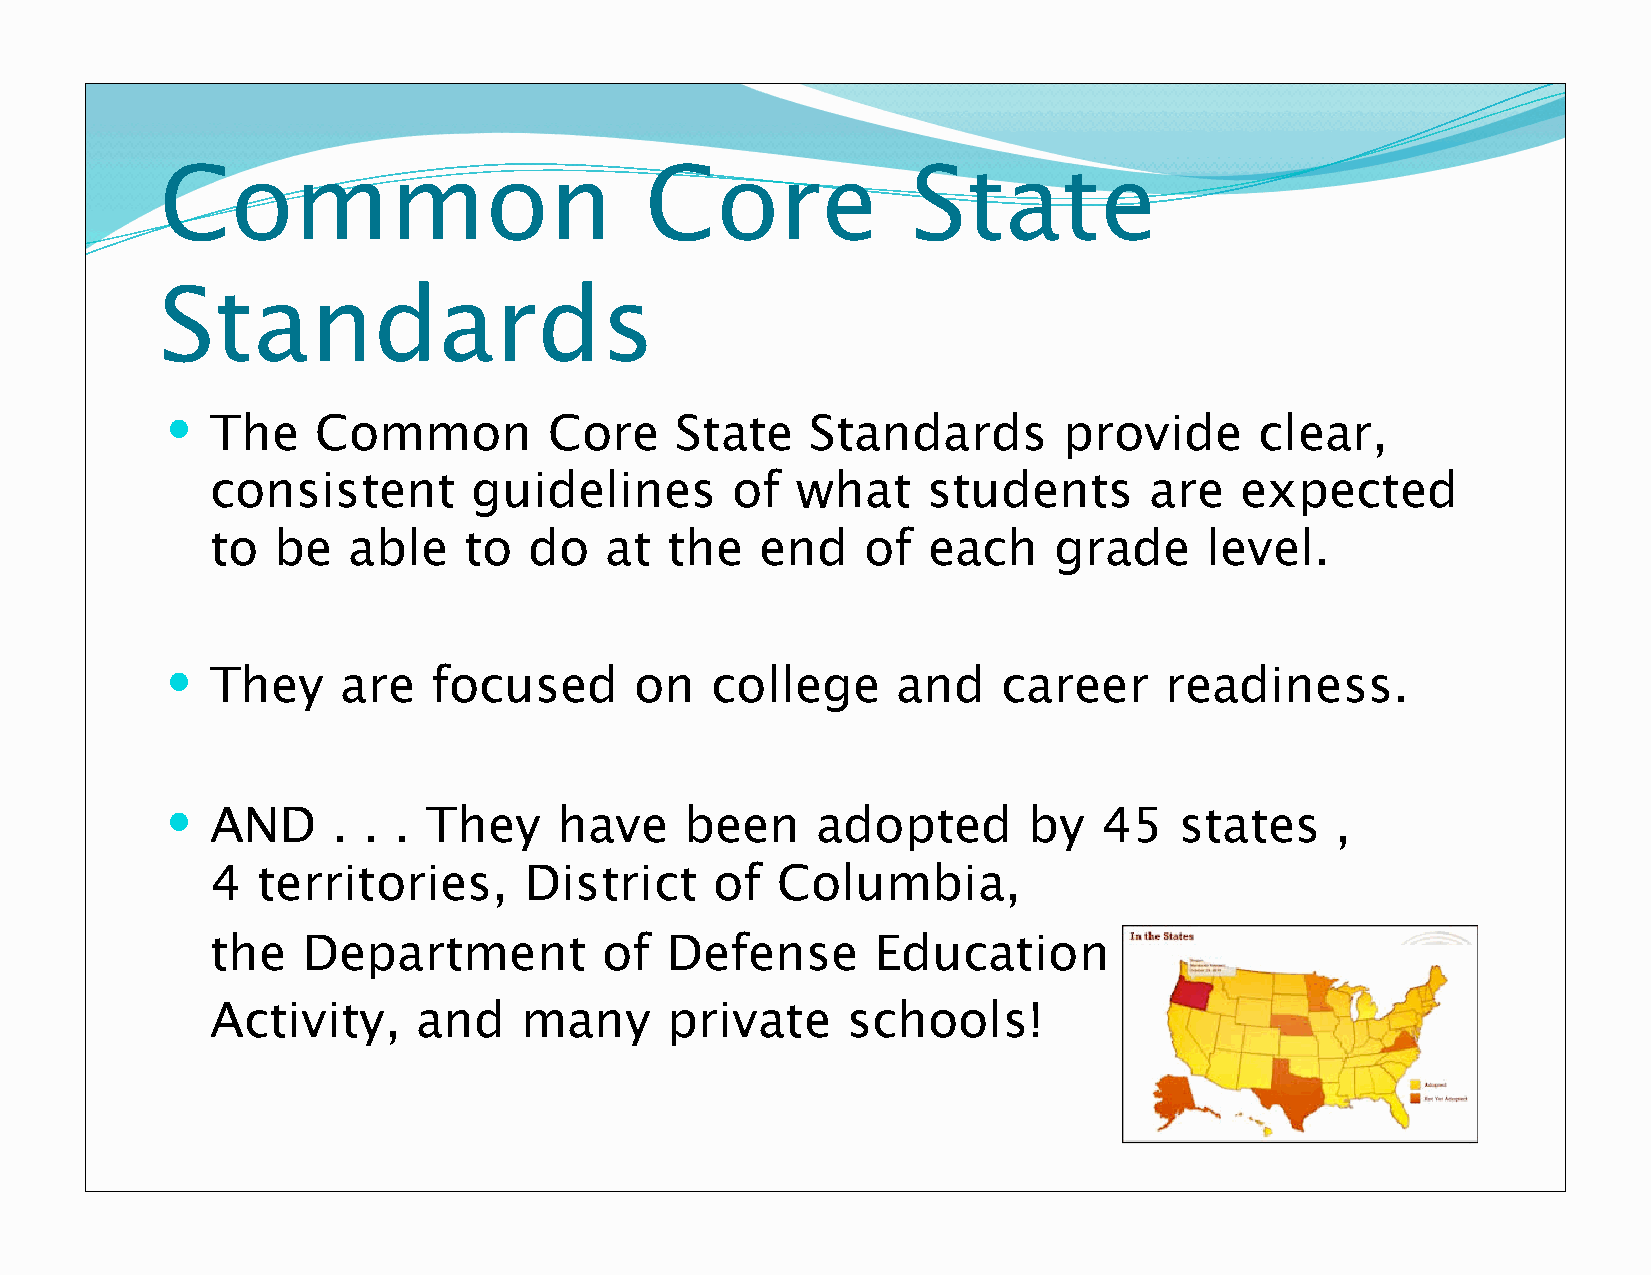
Common                          Core             State
 Standards
   The    Common         Core     State    Standards       provide      clear,
 consistent       guidelines       of   what    students       are   expected
 to  be   able    to  do   at  the   end    of  each     grade     level.
   They     are   focused      on   college     and    career     readiness.
   AND     . . . They     have    been     adopted       by   45   states    ,
 4  territories,      District    of  Columbia,
 the   Department          of  Defense       Education
 Activity,     and    many     private     schools!